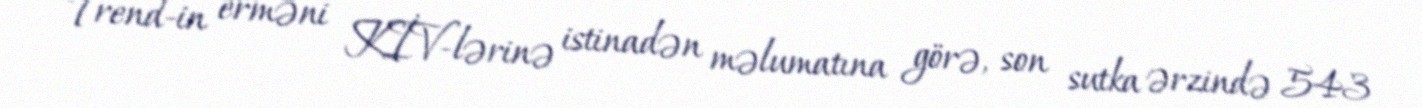
Trend-in erməni KİV-lərinə istinadən məlumatına görə, son sutka ərzində 543